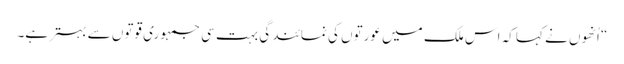
“ اُنھوں نے کہا کہ اس ملک میں عورتوں کی نمائندگی بہت سی جمہوری قوتوں سے بہتر ہے۔